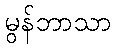
မွန်ဘာသာ